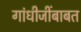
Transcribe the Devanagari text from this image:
गांधीजींबाबत